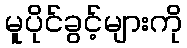
မူပိုင်ခွင့်များကို